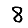
Digit: 8